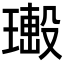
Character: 𤩚